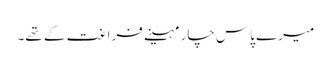
میرے پاس چار مہینے فراغت کے تھے۔